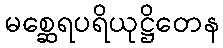
မစ္ဆေရပရိယုဋ္ဌိတေန